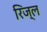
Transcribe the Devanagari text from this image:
रिज्ल